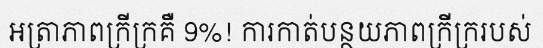
អត្រាភាពក្រីក្រគឺ 9%! ការកាត់បន្ថយភាពក្រីក្ររបស់